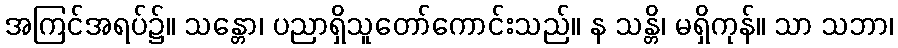
အကြင်အရပ်၌။ သန္တော၊ ပညာရှိသူတော်ကောင်းသည်။ န သန္တိ၊ မရှိကုန်။ သာ သဘာ၊